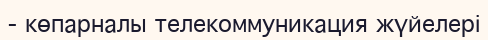
- көпарналы телекоммуникация жүйелері